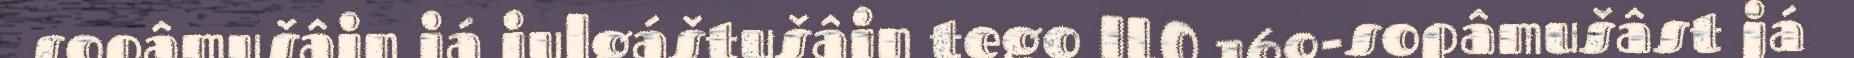
sopâmušâin já julgáštušâin tego ILO 169-sopâmušâst já